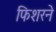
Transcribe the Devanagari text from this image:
फिशरने